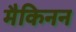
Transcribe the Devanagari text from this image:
मैकिनन